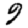
Digit: 9